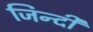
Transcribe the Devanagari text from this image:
जिन्दी